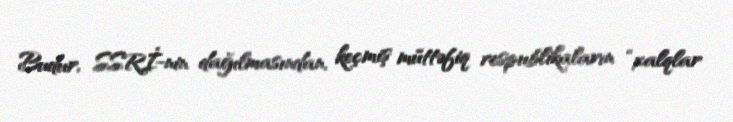
Budur, SSRİ-nin dağılmasından, keçmiş müttəfiq respublikaların “xalqlar